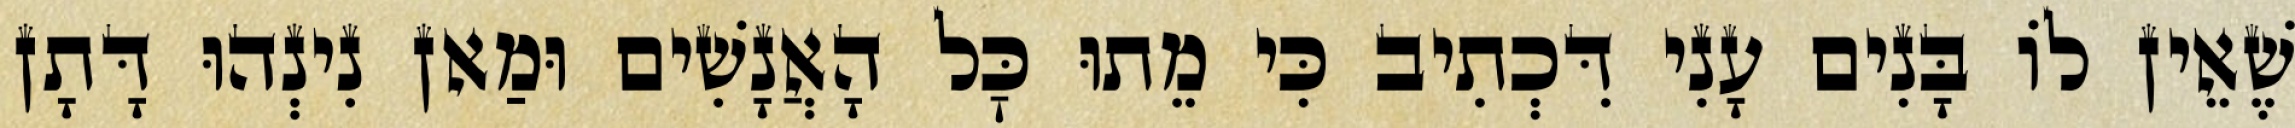
שֶׁאֵין לוֹ בָּנִים עָנִי דִּכְתִיב כִּי מֵתוּ כׇּל הָאֲנָשִׁים וּמַאן נִינְהוּ דָּתָן